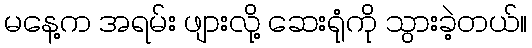
မနေ့က အရမ်း ဖျားလို့ ဆေးရုံကို သွားခဲ့တယ်။